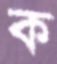
ক